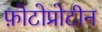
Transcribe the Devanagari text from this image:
फ़ोटोप्रोटीन